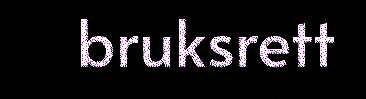
bruksrett